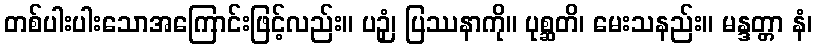
တစ်ပါးပါးသောအကြောင်းဖြင့်လည်း။ ပဉှံ၊ ပြဿနာကို။ ပုစ္ဆတိ၊ မေးသနည်း။ မန္ဒတ္တာ နံ၊